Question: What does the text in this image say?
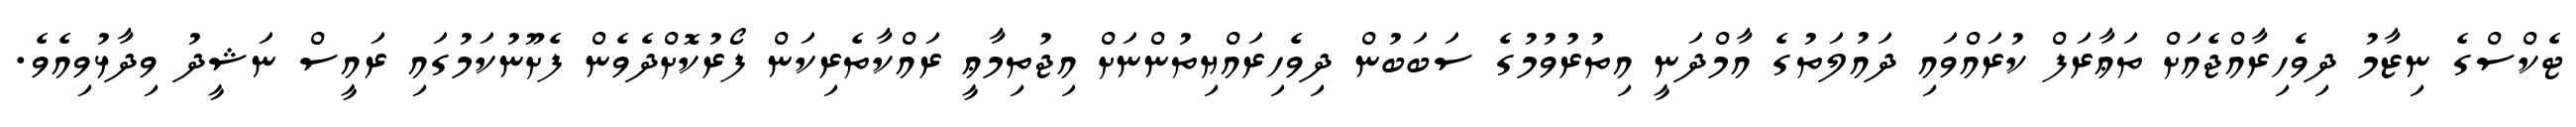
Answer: ޓެކްސްގެ ނިޒާމު ދިވެހިރާއްޖެއަށް ތަޢާރަފް ކުރައްވައި ދައުލަތުގެ އާމްދަނީ އިތުރުވުމުގެ ސަބަބުން ދިވެހިރައްޔިތުންނަށް އިޖުތިމާޢީ ރައްކާތެރިކަން ފޯރުކޮށްދެވެން ފެށޫނުކަމުގައި ރައީސް ނަޝީދު ވިދާޅުވިއެވެ.